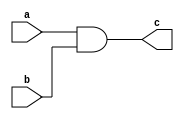
module assign_example (
    input a,
    input b,
    output c
);

assign c = a & b;

endmodule